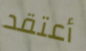
أعتقد